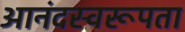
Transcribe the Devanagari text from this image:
आनंदस्वरूपता